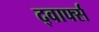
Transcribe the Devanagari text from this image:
द्वार्फ्स